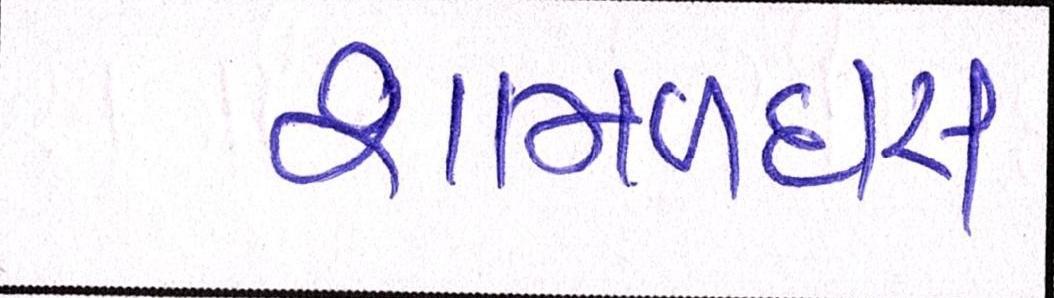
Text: શામળદાસ